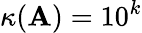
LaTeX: \kappa(\mathbf{A})=10^{k}